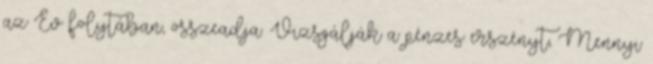
az Év folytában, összeadja. Vizsgálják a pénzes erszényt, Mennyi